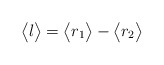
\begin{align*}\bigl\langle l \bigr\rangle = \bigl\langle r_{1} \bigr\rangle - \bigl\langle r_{2} \bigr\rangle\end{align*}